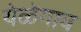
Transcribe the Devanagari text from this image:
येळेगाव